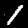
Digit: 1